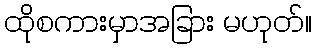
ထိုစကားမှာအခြား မဟုတ်။